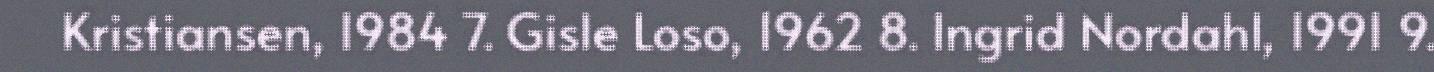
Kristiansen, 1984 7. Gisle Loso, 1962 8. Ingrid Nordahl, 1991 9.